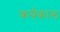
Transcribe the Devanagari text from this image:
कर्यकाल